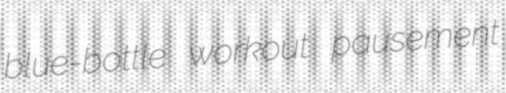
blue-bottle workout pausement